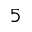
5